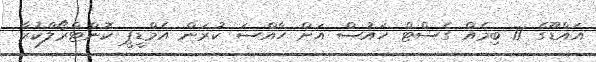
އައްޑޫގެ 11 ބިމެއް ގެސްޓް ހައުސް އަށް ހާއްސަ ކުރަން އެމްޑީޕީ ކޮންޓްރޯލްކުރާ